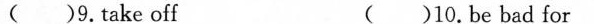
( )9.take off ( )10.Be bad for